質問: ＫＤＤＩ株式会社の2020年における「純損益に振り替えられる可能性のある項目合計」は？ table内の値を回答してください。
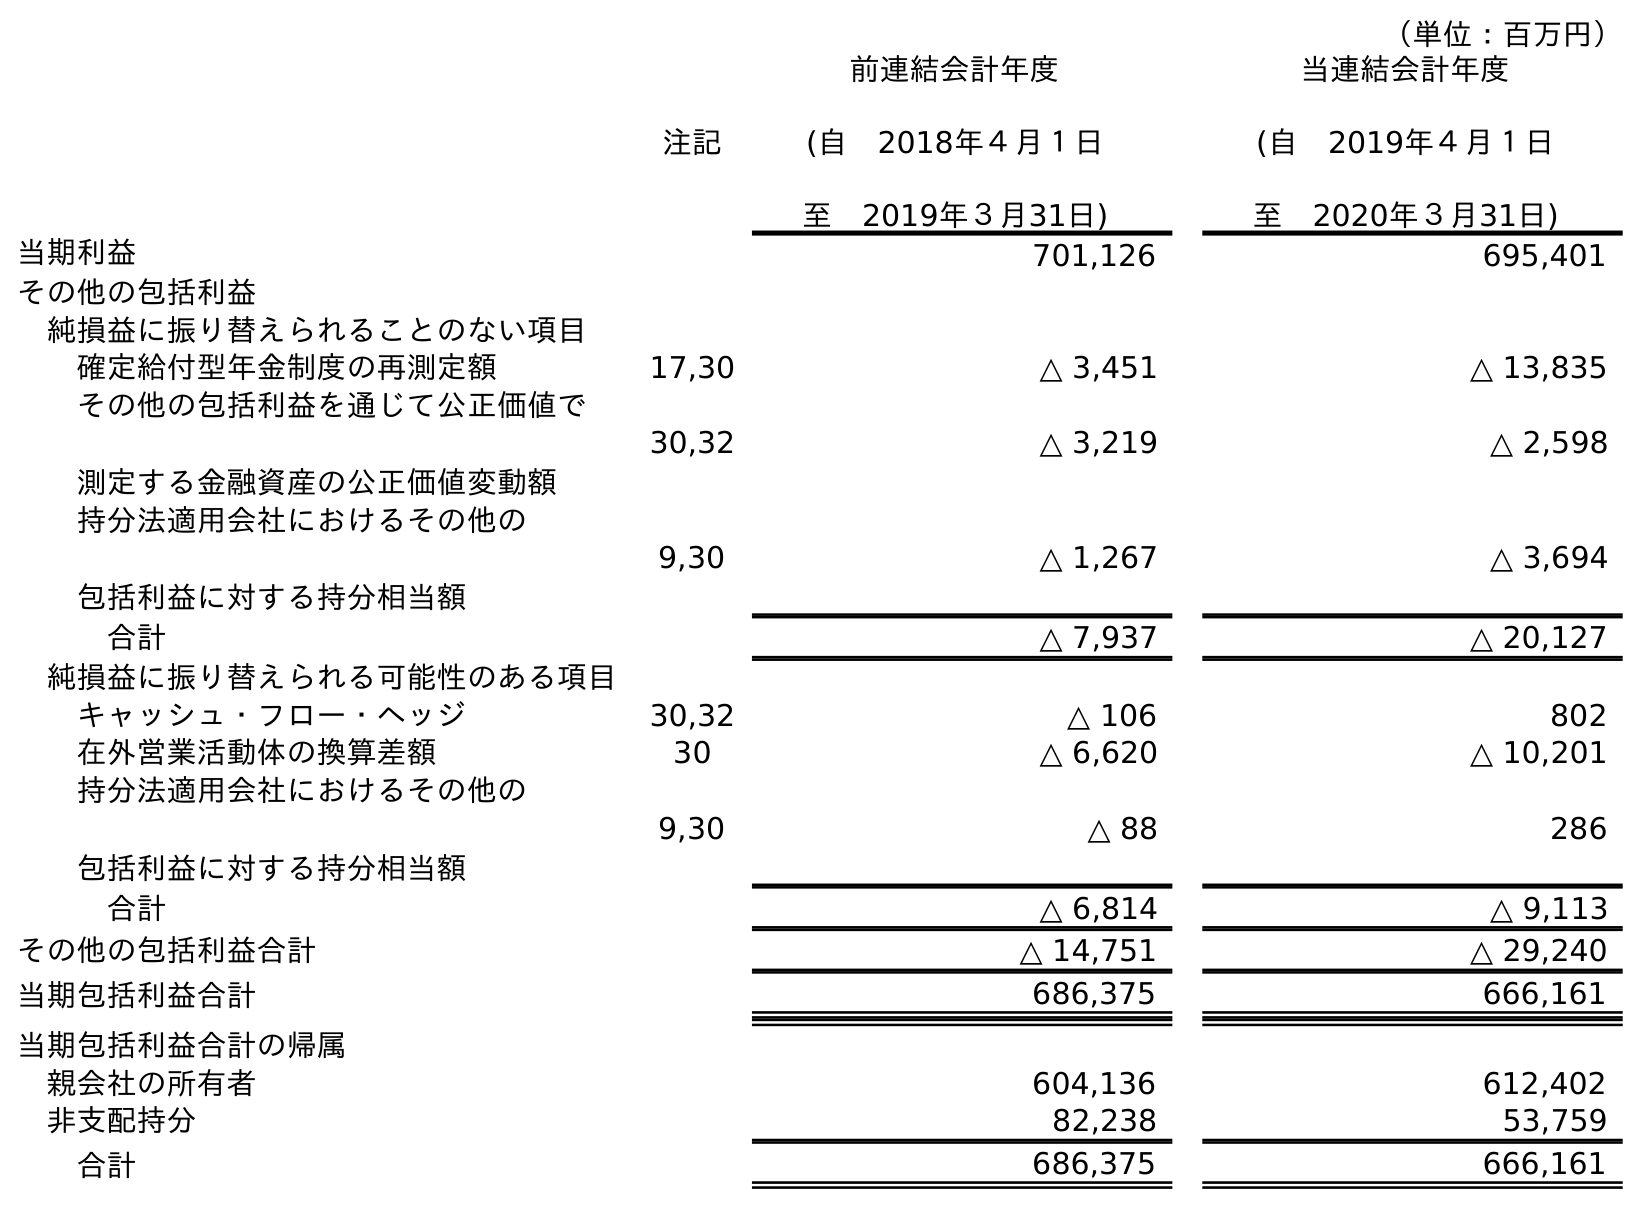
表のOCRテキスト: （単位：百万円） 注記 前連結会計年度 (自 2018年４月１日 至 2019年３月31日) 当連結会計年度 (自 2019年４月１日 至 2020年３月31日) 当期利益 701,126 695,401 その他の包括利益 純損益に振り替えられることのない項目 確定給付型年金制度の再測定額 17,30 △ 3,451 △ 13,835 その他の包括利益を通じて公正価値で 測定する金融資産の公正価値変動額 30,32 △ 3,219 △ 2,598 持分法適用会社におけるその他の 包括利益に対する持分相当額 9,30 △ 1,267 △ 3,694 合計 △ 7,937 △ 20,127 純損益に振り替えられる可能性のある項目 キャッシュ・フロー・ヘッジ 30,32 △ 106 802 在外営業活動体の換算差額 30 △ 6,620 △ 10,201 持分法適用会社におけるその他の 包括利益に対する持分相当額 9,30 △ 88 286 合計 △ 6,814 △ 9,113 その他の包括利益合計 △ 14,751 △ 29,240 当期包括利益合計 686,375 666,161 当期包括利益合計の帰属 親会社の所有者 604,136 612,402 非支配持分 82,238 53,759 合計 686,375 666,161
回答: △9,113